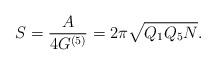
\begin{align*}S = \frac A{4G^{(5)}} = 2\pi\sqrt{Q_1Q_5N}. \end{align*}